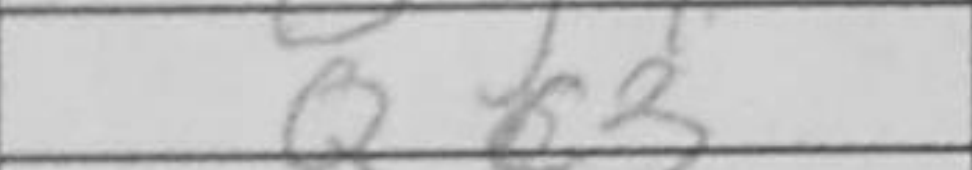
Transcription: Qc3